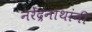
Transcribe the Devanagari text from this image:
नरेंद्रनाथांनी